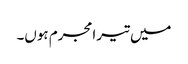
میں تیرامجرم ہوں۔